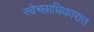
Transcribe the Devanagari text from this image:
स्वेच्छाधिकारात